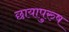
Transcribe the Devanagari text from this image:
छायापुरुष